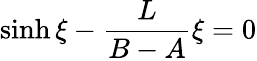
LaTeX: \sinh\xi-\frac{L}{B-A}\xi=0